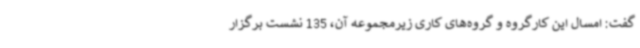
گفت: امسال این کارگروه و گروه‌های کاری زیرمجموعه آن، 135 نشست برگزار